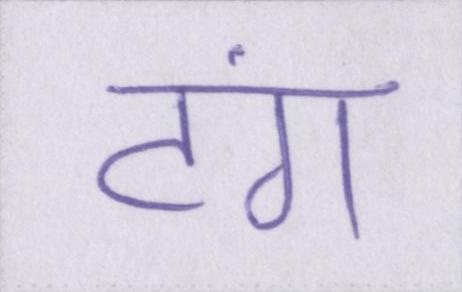
टंग